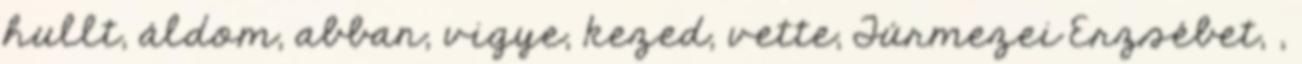
hullt, áldom, abban, vigye, kezed, vette, Túrmezei Erzsébet, ,